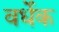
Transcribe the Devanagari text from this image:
वर्धेक